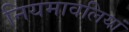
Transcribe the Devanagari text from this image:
नियमावलियां